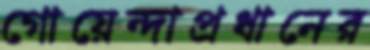
গোয়েন্দাপ্রধানের